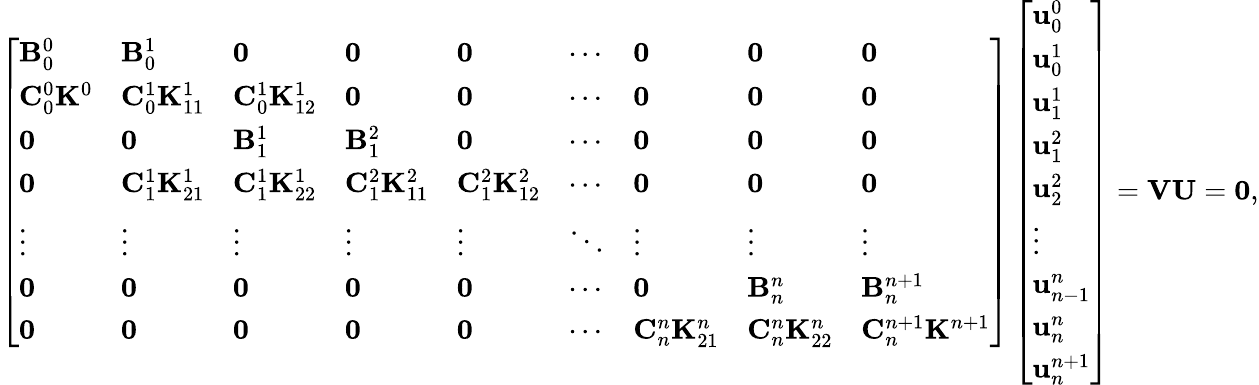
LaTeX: \left[\begin{array}{lllllllll}{\mathbf{B}_{0}^{0}}&{\mathbf{B}_{0}^{1}}&{\mathbf{0}}&{\mathbf{0}}&{\mathbf{0}}&{\cdots}&{\mathbf{0}}&{\mathbf{0}}&{\mathbf{0}}\\ {\mathbf{C}_{0}^{0}\mathbf{K}^{0}}&{\mathbf{C}_{0}^{1}\mathbf{K}_{11}^{1}}&{\mathbf{C}_{0}^{1}\mathbf{K}_{12}^{1}}&{\mathbf{0}}&{\mathbf{0}}&{\cdots}&{\mathbf{0}}&{\mathbf{0}}&{\mathbf{0}}\\ {\mathbf{0}}&{\mathbf{0}}&{\mathbf{B}_{1}^{1}}&{\mathbf{B}_{1}^{2}}&{\mathbf{0}}&{\cdots}&{\mathbf{0}}&{\mathbf{0}}&{\mathbf{0}}\\ {\mathbf{0}}&{\mathbf{C}_{1}^{1}\mathbf{K}_{21}^{1}}&{\mathbf{C}_{1}^{1}\mathbf{K}_{22}^{1}}&{\mathbf{C}_{1}^{2}\mathbf{K}_{11}^{2}}&{\mathbf{C}_{1}^{2}\mathbf{K}_{12}^{2}}&{\cdots}&{\mathbf{0}}&{\mathbf{0}}&{\mathbf{0}}\\ {\vdots}&{\vdots}&{\vdots}&{\vdots}&{\vdots}&{\ddots}&{\vdots}&{\vdots}&{\vdots}\\ {\mathbf{0}}&{\mathbf{0}}&{\mathbf{0}}&{\mathbf{0}}&{\mathbf{0}}&{\cdots}&{\mathbf{0}}&{\mathbf{B}_{n}^{n}}&{\mathbf{B}_{n}^{n+1}}\\ {\mathbf{0}}&{\mathbf{0}}&{\mathbf{0}}&{\mathbf{0}}&{\mathbf{0}}&{\cdots}&{\mathbf{C}_{n}^{n}\mathbf{K}_{21}^{n}}&{\mathbf{C}_{n}^{n}\mathbf{K}_{22}^{n}}&{\mathbf{C}_{n}^{n+1}\mathbf{K}^{n+1}}\end{array}\right]\left[\begin{array}{l}{\mathbf{u}_{0}^{0}}\\ {\mathbf{u}_{0}^{1}}\\ {\mathbf{u}_{1}^{1}}\\ {\mathbf{u}_{1}^{2}}\\ {\mathbf{u}_{2}^{2}}\\ {\vdots}\\ {\mathbf{u}_{n-1}^{n}}\\ {\mathbf{u}_{n}^{n}}\\ {\mathbf{u}_{n}^{n+1}}\end{array}\right]=\mathbf{V}\mathbf{U}=\mathbf{0},